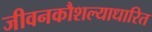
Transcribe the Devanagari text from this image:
जीवनकौशल्याधारित